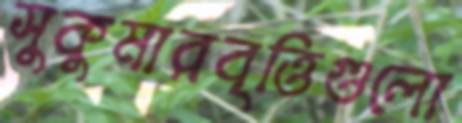
সুকুমারবৃত্তিগুলো